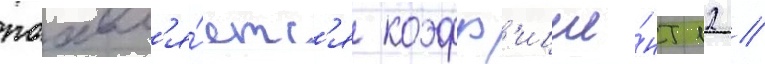
поавл'я́етс'я коэфф'ицие́нт 12 //